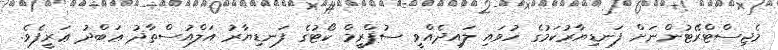
މެޖިސްޓްރޭޓުންނަށް ފަނޑިޔާރުކަމުގެ ހުވައި ލައިދެއްވީ ސުޕްރީމް ކޯޓުގެ ފަނޑިޔާރު އަލްއުސްތާޛު ޢަބްދު ޢަރީފެވެ.